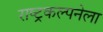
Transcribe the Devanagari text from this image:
राष्ट्रकल्पनेला